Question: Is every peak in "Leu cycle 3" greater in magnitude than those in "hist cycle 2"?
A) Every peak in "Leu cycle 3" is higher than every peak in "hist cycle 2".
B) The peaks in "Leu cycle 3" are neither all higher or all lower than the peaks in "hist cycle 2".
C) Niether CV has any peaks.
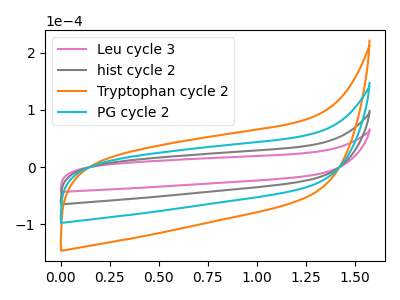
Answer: <think>The pink curve "Leu cycle 3" has no peaks. The gray curve "hist cycle 2" has no peaks. The orange curve "Tryptophan cycle 2" has no peaks. The cyan curve "PG cycle 2" has no peaks.</think>
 <answer>C) Niether CV has any peaks.</answer>
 <eval>C</eval>